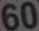
60